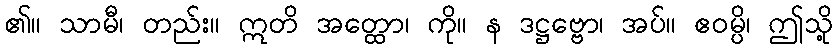
၏။ သာမီ၊ တည်း။ ဣတိ အတ္ထော၊ ကို။ န ဒဋ္ဌဗ္ဗော၊ အပ်။ ဧဝမ္ပိ၊ ဤသို့